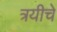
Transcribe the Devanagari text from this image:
त्रयीचे